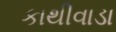
કાથીવાડા